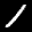
Label: 1